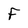
Character: F